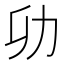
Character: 𭄠